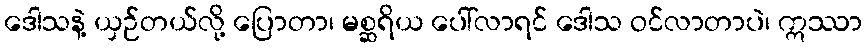
ဒေါသနဲ့ ယှဉ်တယ်လို့ ပြောတာ၊ မစ္ဆရိယ ပေါ်လာရင် ဒေါသ ဝင်လာတာပဲ၊ ဣဿာ